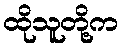
ထိုသူတို့က